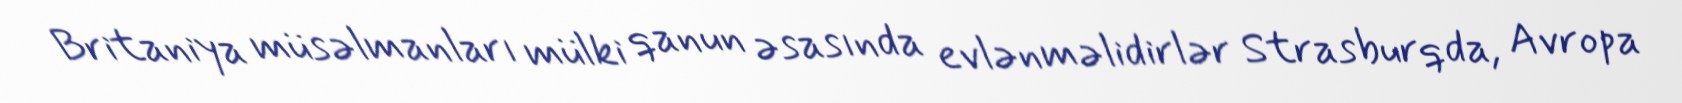
Britaniya müsəlmanları mülki qanun əsasında evlənməlidirlər Strasburqda, Avropa